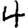
Digit: 4